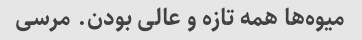
میوه‌ها همه تازه و عالی بودن. مرسی